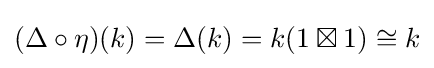
(\Delta \circ \eta )(k)=\Delta (k)=k(1\boxtimes 1)\cong k